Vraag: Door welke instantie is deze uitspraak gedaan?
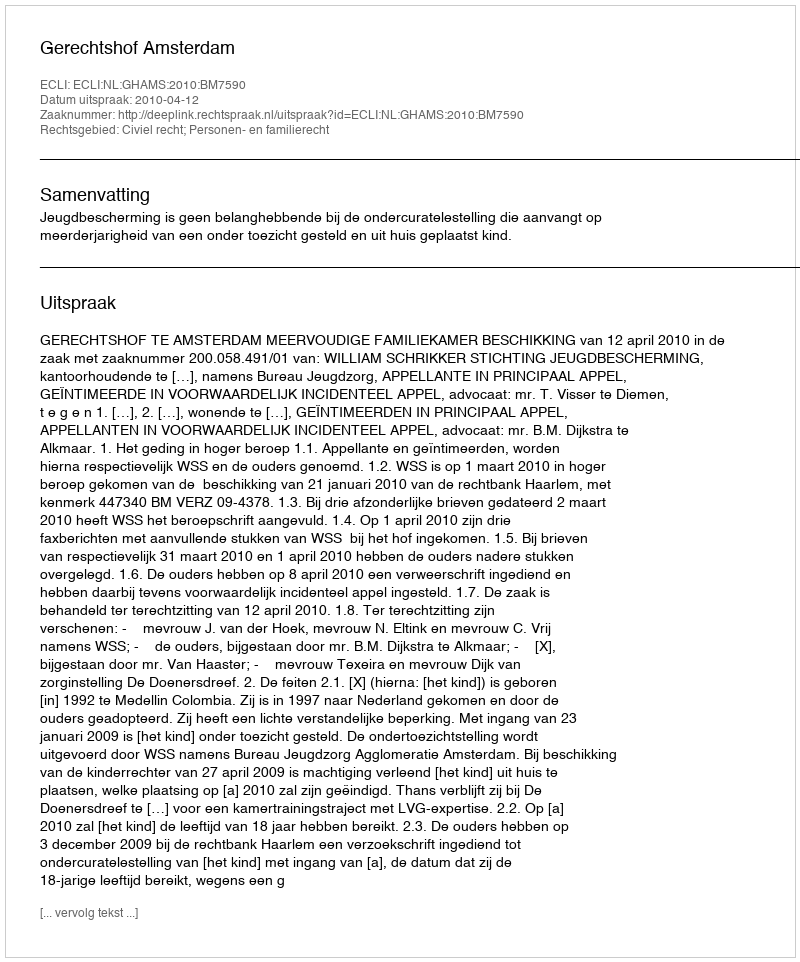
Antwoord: Gerechtshof Amsterdam